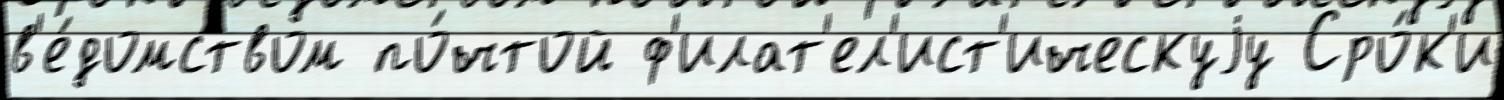
в'е́домством по́чтой ф'илат'ел'ист'ическуjу Сро́к'и